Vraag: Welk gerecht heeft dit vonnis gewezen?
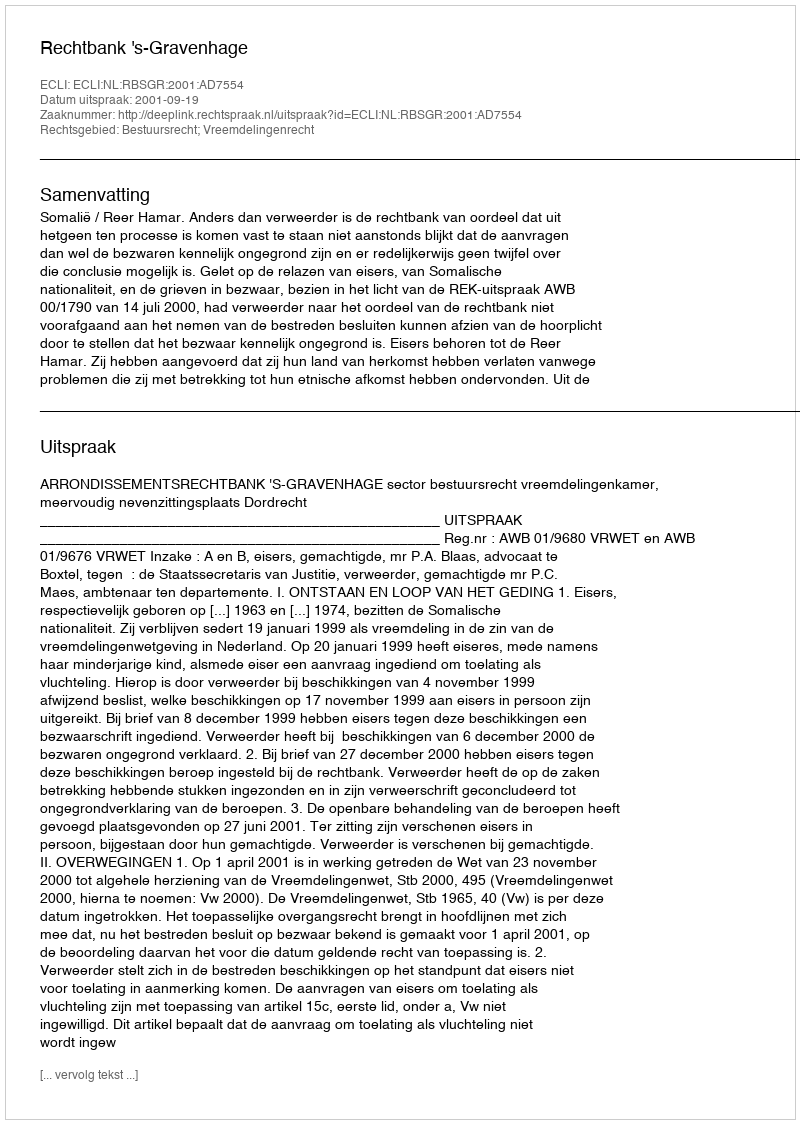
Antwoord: Rechtbank 's-Gravenhage